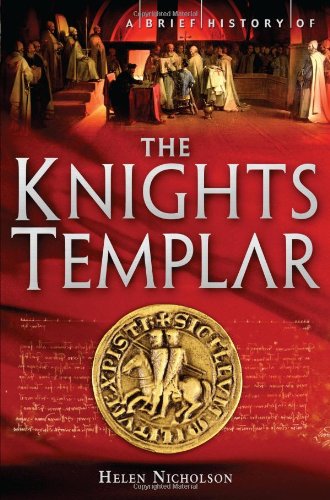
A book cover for A Brief History of the Knights Templar (Brief History (Running Press)); Helen Nicholson; History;